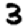
Digit: 3